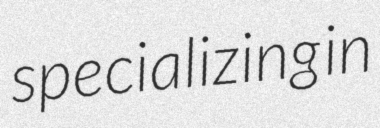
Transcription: specializing in